Source: Handwritten
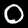
Digit: ၀ (0)